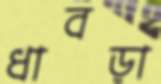
ধাবড়া